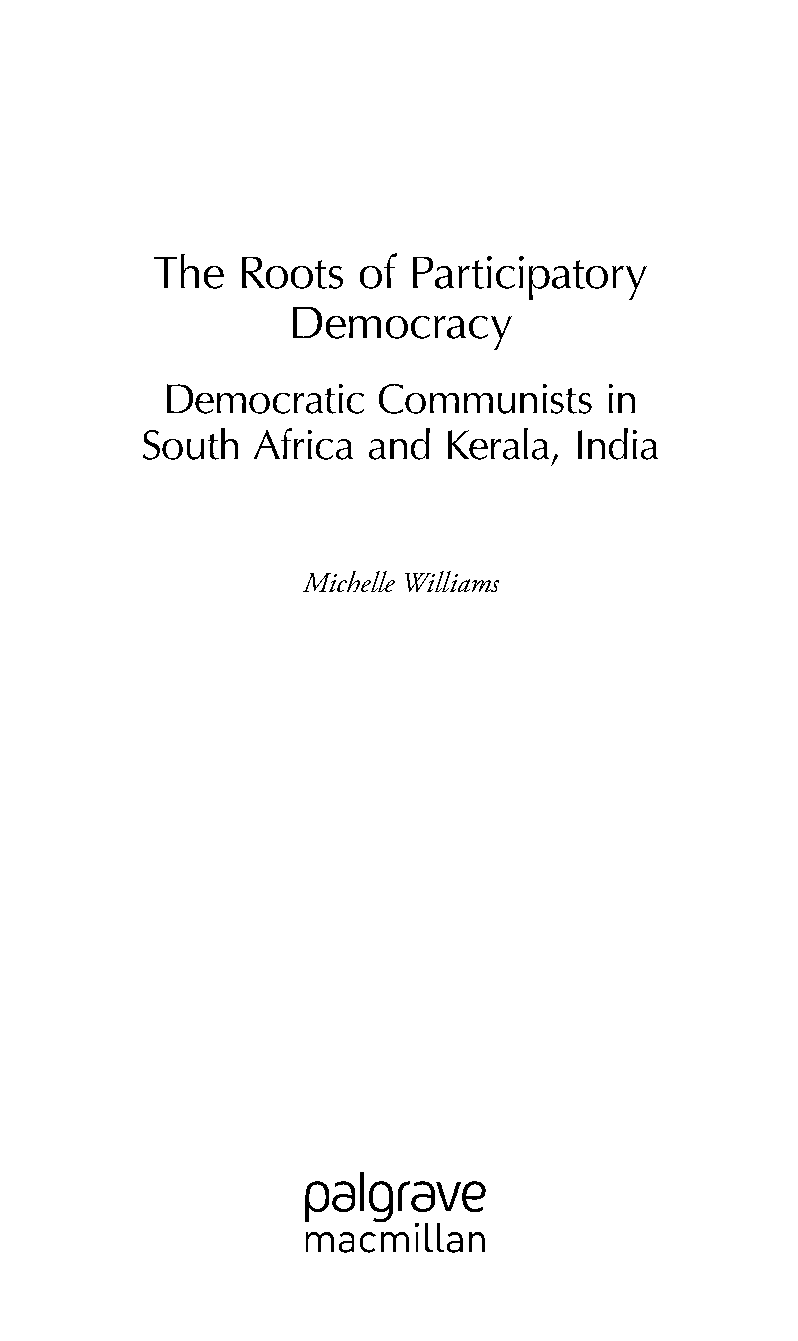
The   Roots   of Participatory
 Democracy
 Democratic    Communists     in
 South  Africa and   Kerala, India
 Michelle Williams
 99778800223300660066440011ttss0011..iinndddd iiiiii 33//2277//22000088 33::0000::0066 PPMM